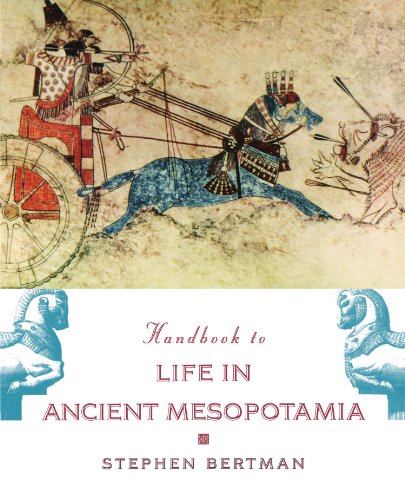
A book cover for Handbook to Life in Ancient Mesopotamia; Stephen Bertman; History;